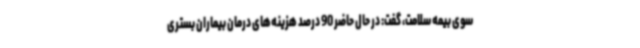
سوی بیمه سلامت، گفت: در حال حاضر 90 درصد هزینه‌های درمان بیماران بستری